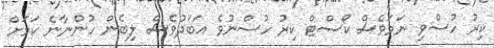
ކިރު ހުސްވި ނަމަވެސް ކޯސްޓް ކިރު ހުސްނުވެ އަބަދުވެސް ލިބެން ހުންނާނެ ކަމަށް